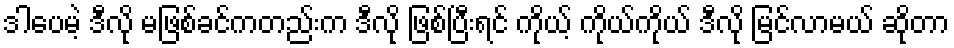
ဒါပေမဲ့ ဒီလို မဖြစ်ခင်ကတည်းက ဒီလို ဖြစ်ပြီးရင် ကိုယ့် ကိုယ်ကိုယ် ဒီလို မြင်လာမယ် ဆိုတာ